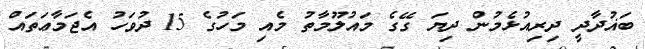
ބަޣުދާދީ ދިރިއުޅެމުން ދިޔަ ގޭގެ މައުލޫމާތު މެއި މަހުގެ 15 ދުވަހު އެޖަމާޢަތައް